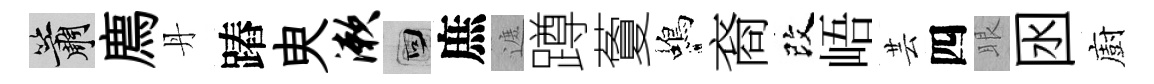
簫廌丹蹖㬰漱回庶遮蹲藑蝎裔改峿芸四眼囦廚